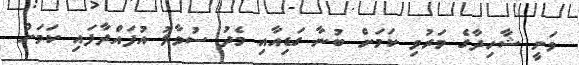
ވަނީ ޝާހިދާގެ މަރުވި ކަމަށް ބުނާ ގަޑިއާއި މެދު ސުވާލު އުފައްދާފައި ކަމަށް